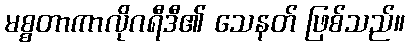
မစ္စတာကာလိုဂရီဒီ၏ သေနတ် ဖြစ်သည်။